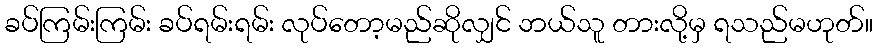
ခပ်ကြမ်းကြမ်း ခပ်ရမ်းရမ်း လုပ်တော့မည်ဆိုလျှင် ဘယ်သူ တားလို့မှ ရသည်မဟုတ်။